Vaccination United Provinces of Agra and Oudh 1914-1922 - 1914-1922
Year: 1914
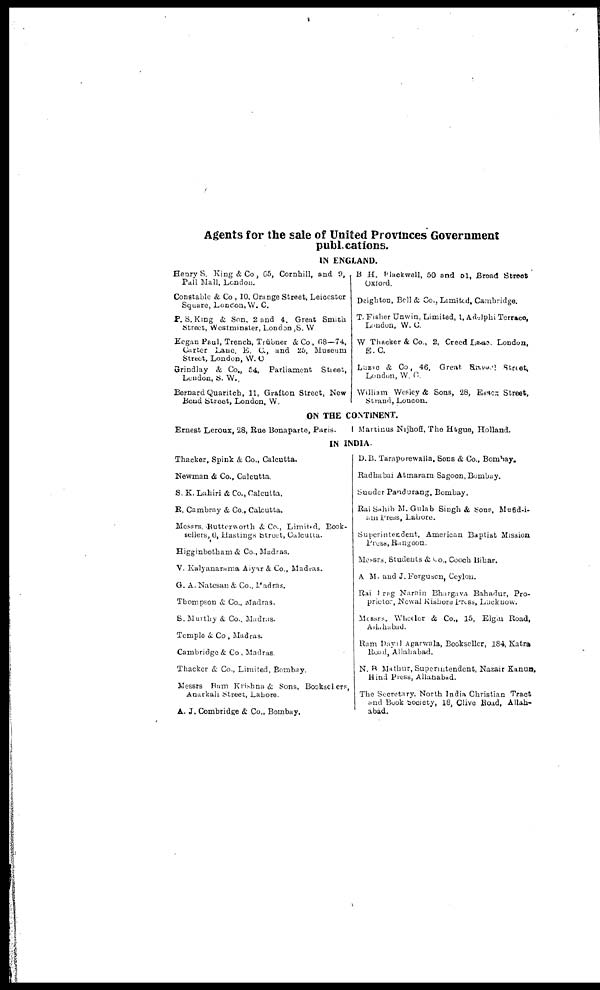
Agents for the sale of United Provinces Government
publications.
IN ENGLAND.
Henry S. King & Co, 65, Cornhill, and 9,
Pall Mall, London.
Constable & Co , 10, Orange Street, Leicester
Square, London, W. C.
P.S.King & Son, 2 and 4. Great Smith
Street, Westminster, London, S. W
Kegan Paul, Trench, Trübner & Co , 68—74,
Carter Lane, E. C., and 25, Museum
Street, London, W. C
Grindlay & Co., 54, Parliament Street,
London, S. W.,
Bernard Quaritch, 11, Grafton Street, New
Bond Street, London, W
B. H. Blackwell, 50 and 51, Broad Street
Oxford.
Deighton, Bell & Co., Limited, Cambridge.
T. Fisher Unwin, Limited, 1, Adelphi Terrace,
London, W. C.
W Thacker & Co., 2, Creed Lane London,
E. C.
Luzac & Co, 46, Great Russell Street,
London, W. C.
William Wesley & Sons, 28, Essex Street,
Strand, London.
ON THE CONTINENT.
Ernest Leroux, 28, Rue Bonaparte, Paris.
Martinus Nijhoff, The Hague, Holland.
IN INDIA.
Thacker, Spink & Co., Calcutta.
Newman & Co., Calcutta.
S. K. Lahiri & Co., Calcutta.
R. Cambray & Co., Calcutta.
Messrs.Butterworth & Co., Limited. Book-
sellers, 6, Hastings Street, Calcutta.
Higginbotham & Co., Madras.
V. Kalyanarama Aiyar & Co., Madras.
G. A. Natesan & Co., Madras.
Thompson & Co., Madras.
S. Murthy & Co., Madras.
Temple &. Co, Madras.
Cambridge & Co , Madras.
Thacker & Co., Limited, Bombay.
Messrs Ram Krishna & Sons, Bookselers,
Anarkali Street, Lahore.
A. J. Combridge & Co., Bombay.
D. B. Taraporewalla, Sons & Co., Bombay.
Radhabai Atmaram Sagoon, Bombay.
Sunder Pandurang, Bombay.
Rai Sahib M. Gulab Singh & Sons, Mufid-i¬
am Press, Lahore.
Superintendent, American Baptist Mission
Press, Rangoon.
Messrs, Students & Co., Cooch Bihar.
A M. and J. Ferguson, Ceylon.
Rai Prag Narain Bhargava Bahadur, Pro¬
prietor, Newal Kishore Press, Lucknow.
Messrs. Wheeler & Co., 15, Elgin Road,
Allahabad.
Ram Dayal Agarwala, Bookseller, 184, Katra
Road, Allahabad.
N. B Mathur, Superintendent, Nazair Kanun,
Hind Press, Allahabad.
The Secretary, North India Christian Tract
and Book Society, 18, Clive Road, Allah-
abad.